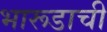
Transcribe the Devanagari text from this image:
भारूडाची